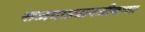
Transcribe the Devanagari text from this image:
राजवाड्यानजीकच्या